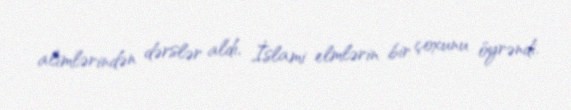
alimlərindən dərslər aldı, İslami elmlərin bir çoxunu öyrəndi.